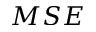
M S E